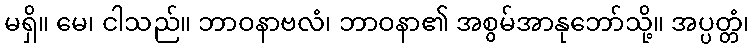
မရှိ။ မေ၊ ငါသည်။ ဘာဝနာဗလံ၊ ဘာဝနာ၏ အစွမ်အာနုဘော်သို့။ အပ္ပတ္တံ၊